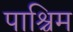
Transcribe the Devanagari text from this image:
पाश्चिम